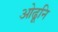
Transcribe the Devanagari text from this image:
ओढूनि